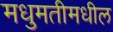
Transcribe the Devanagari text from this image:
मधुमतीमधील